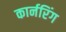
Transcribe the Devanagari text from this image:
कार्नरिंग